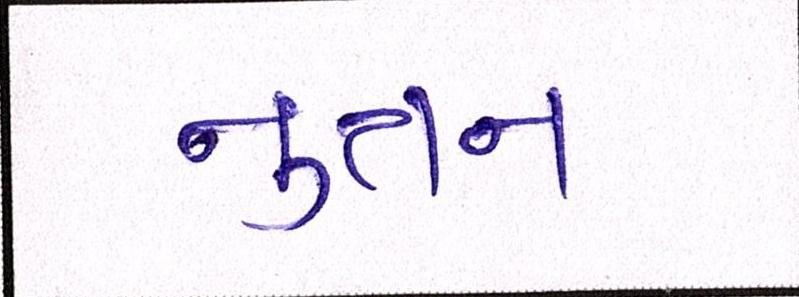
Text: નુતન